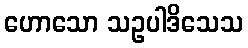
ဟောသော သဥပါဒိသေသ